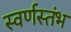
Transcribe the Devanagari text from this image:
स्वर्णस्तंभ